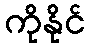
ကိုနိုင်